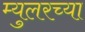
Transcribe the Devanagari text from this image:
म्युलरच्या